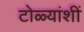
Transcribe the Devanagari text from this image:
टोळ्यांशीं